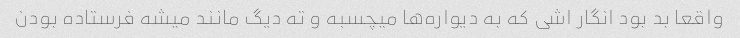
واقعا بد بود انگار اشی که به دیواره‌ها میچسبه و ته دیگ مانند میشه فرستاده بودن